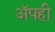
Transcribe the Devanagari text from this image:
अॅपही